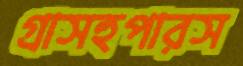
গ্রাসহুপারস